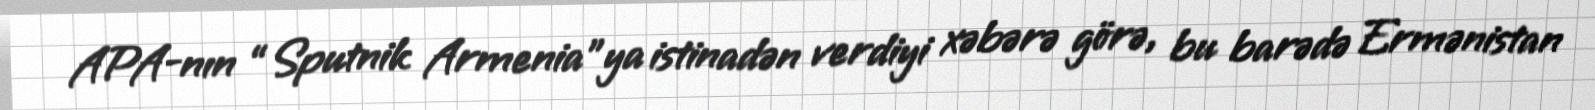
APA-nın “Sputnik Armenia”ya istinadən verdiyi xəbərə görə, bu barədə Ermənistan